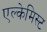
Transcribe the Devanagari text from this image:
एल्केमिस्ट